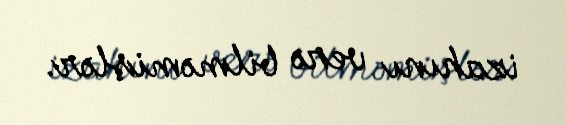
izahını verə bilməmişlər.